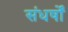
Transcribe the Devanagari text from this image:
संधर्षों